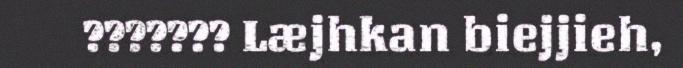
??????? Læjhkan biejjieh,